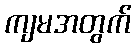
ကျမအတွက်